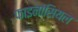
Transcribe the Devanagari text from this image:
फाइनांसियल